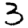
Digit: 3